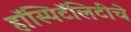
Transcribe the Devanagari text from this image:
हॉस्पिटॅलिटीचे